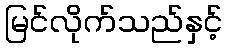
မြင်လိုက်သည်နှင့်